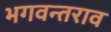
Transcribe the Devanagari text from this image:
भगवन्तराव